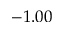
- 1 . 0 0